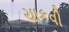
ચાકવી